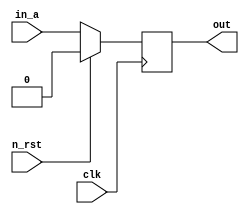
module FF_D(
  clk,
  n_rst,
  in_a,
  out
);

input clk;
input n_rst;
input in_a;
output reg out;

always@( posedge clk)
begin
  if(n_rst == 1)
    out <= 0;
  else
    out <= in_a; 
end
endmodule